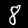
Label: 8